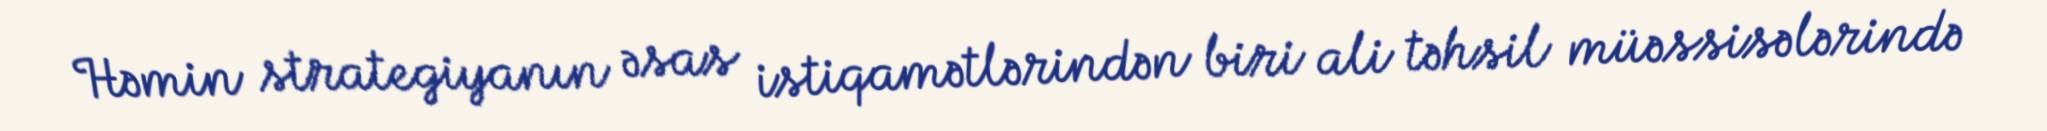
Həmin strategiyanın əsas istiqamətlərindən biri ali təhsil müəssisələrində